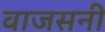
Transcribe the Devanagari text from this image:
वाजसनी